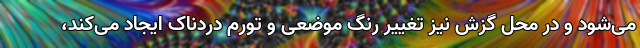
می‌شود و در محل گزش نیز تغییر رنگ موضعی و تورم دردناک ایجاد می‌کند،